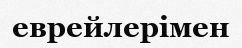
еврейлерімен